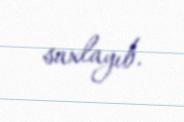
saxlayıb.